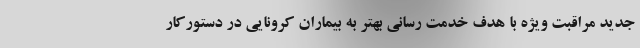
جدید مراقبت ویژه با هدف خدمت رسانی بهتر به بیماران کرونایی در دستورکار